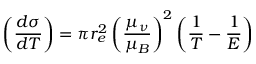
\left( \frac { d \sigma } { d T } \right) = \pi r _ { e } ^ { 2 } \left( \frac { \mu _ { \nu } } { \mu _ { B } } \right) ^ { 2 } \left( \frac { 1 } { T } - \frac { 1 } { E } \right)